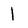
Character: l